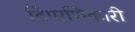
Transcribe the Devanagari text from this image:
टिप्पणिकारी